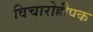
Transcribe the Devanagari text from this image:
विचारोद्दीपक